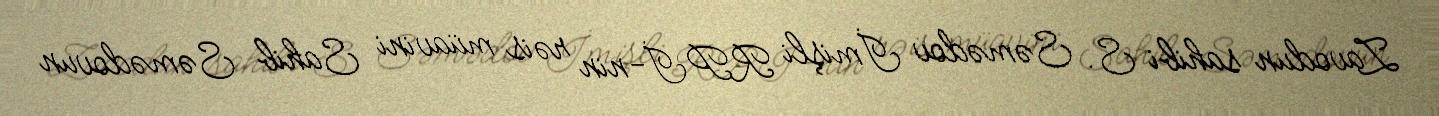
Zavodun sahibi S. Səmədov İmişli RPİ-nin rəis müavini Sahib Səmədovun